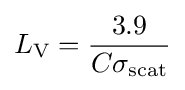
L_{\text{V}}={\frac {3.9}{C\sigma _{\text{scat}}}}